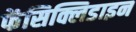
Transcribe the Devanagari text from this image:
फेंसिक्लिडाइन